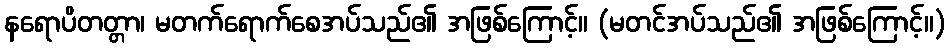
နရောပိတတ္တာ၊ မတက်ရောက်စေအပ်သည်၏ အဖြစ်ကြောင့်။ (မတင်အပ်သည်၏ အဖြစ်ကြောင့်။)